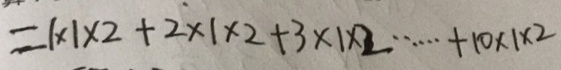
= 1 \times 1 \times 2 + 2 \times 1 \times 2 + 3 \times 1 \times 2 \cdots + 1 0 \times 1 \times 2